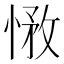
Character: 𢝽